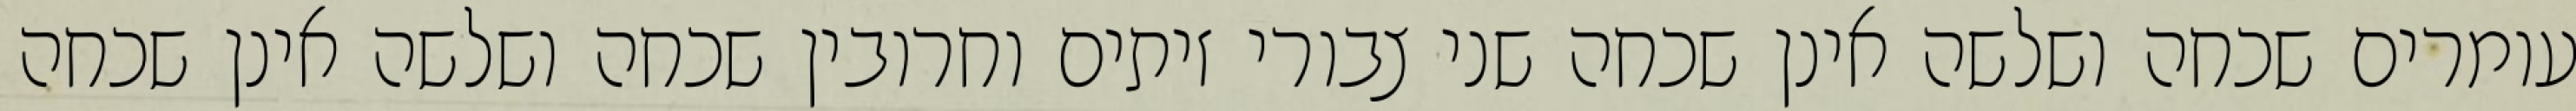
עומרים שכחה ושלשה אינן שכחה שני צבורי זיתים וחרובין שכחה ושלשה אינן שכחה